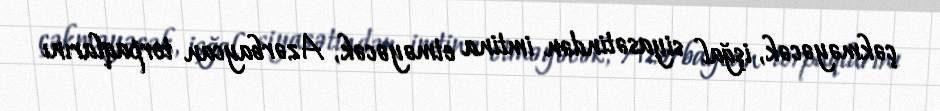
çəkməyəcək, işğal siyasətindən imtina etməyəcək, Azərbaycan torpaqlarını